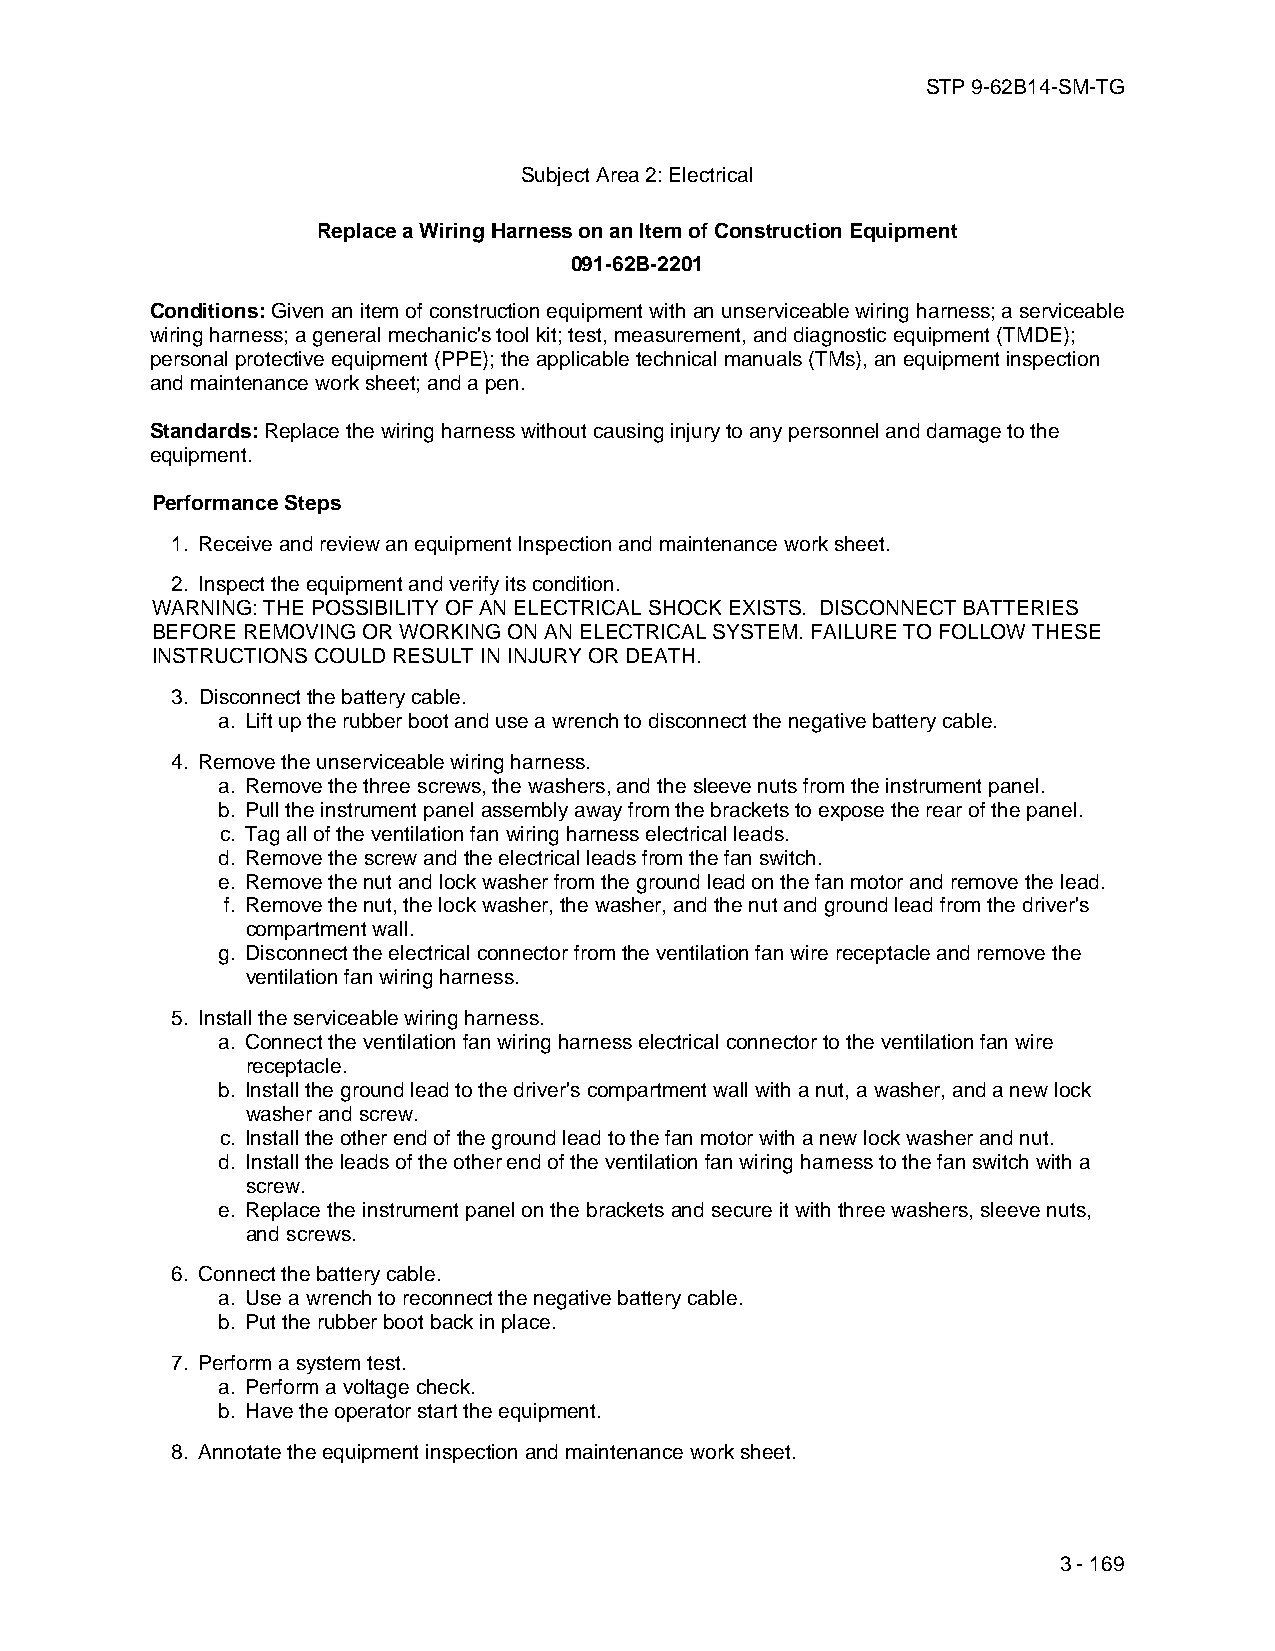
STP 9-62B14-SM-TG
 Subject Area 2: Electrical
 Replace a Wiring Harness on an Item of Construction Equipment
 091-62B-2201
 Conditions: Given an item of construction equipment with an unserviceable wiring harness; a serviceable
 wiring harness; a general mechanic's tool kit; test, measurement, and diagnostic equipment (TMDE);
 personal protective equipment (PPE); the applicable technical manuals (TMs), an equipment inspection
 and maintenance work sheet; and a pen.
 Standards: Replace the wiring harness without causing injury to any personnel and damage to the
 equipment.
 Performance Steps
 1. Receive and review an equipment Inspection and maintenance work sheet.
 2. Inspect the equipment and verify its condition.
 WARNING: THE POSSIBILITY OF AN ELECTRICAL SHOCK EXISTS. DISCONNECT BATTERIES
 BEFORE REMOVING OR WORKING ON AN ELECTRICAL SYSTEM. FAILURE TO FOLLOW THESE
 INSTRUCTIONS COULD RESULT IN INJURY OR DEATH.
 3. Disconnect the battery cable.
 a. Lift up the rubber boot and use a wrench to disconnect the negative battery cable.
 4. Remove the unserviceable wiring harness.
 a. Remove the three screws, the washers, and the sleeve nuts from the instrument panel.
 b. Pull the instrument panel assembly away from the brackets to expose the rear of the panel.
 c. Tag all of the ventilation fan wiring harness electrical leads.
 d. Remove the screw and the electrical leads from the fan switch.
 e. Remove the nut and lock washer from the ground lead on the fan motor and remove the lead.
 f. Remove the nut, the lock washer, the washer, and the nut and ground lead from the driver's
 compartment wall.
 g. Disconnect the electrical connector from the ventilation fan wire receptacle and remove the
 ventilation fan wiring harness.
 5. Install the serviceable wiring harness.
 a. Connect the ventilation fan wiring harness electrical connector to the ventilation fan wire
 receptacle.
 b. Install the ground lead to the driver's compartment wall with a nut, a washer, and a new lock
 washer and screw.
 c. Install the other end of the ground lead to the fan motor with a new lock washer and nut.
 d. Install the leads of the other end of the ventilation fan wiring harness to the fan switch with a
 screw.
 e. Replace the instrument panel on the brackets and secure it with three washers, sleeve nuts,
 and screws.
 6. Connect the battery cable.
 a. Use a wrench to reconnect the negative battery cable.
 b. Put the rubber boot back in place.
 7. Perform a system test.
 a. Perform a voltage check.
 b. Have the operator start the equipment.
 8. Annotate the equipment inspection and maintenance work sheet.
 3 - 169